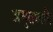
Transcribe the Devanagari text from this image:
अमृतध्वनि